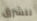
للشرق